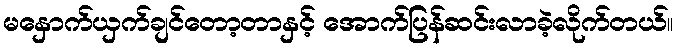
မနှောက်ယှက်ချင်တော့တာနှင့် အောက်ပြန်ဆင်းလာခဲ့လိုက်တယ်။